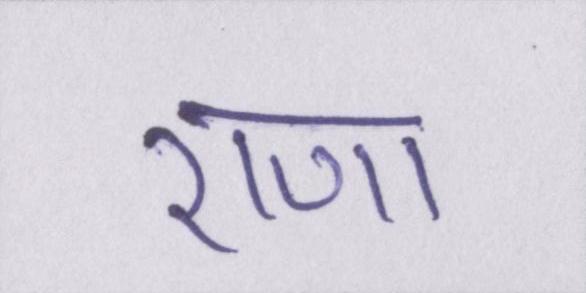
राणा